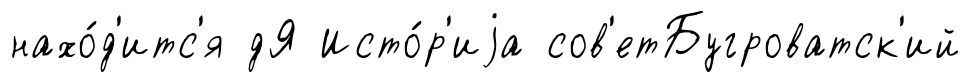
нахо́д'итс'я дЯ Исто́р'иjа сов'етБугроватск'ий